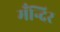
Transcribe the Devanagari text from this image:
मँन्दिर